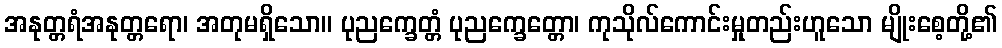
အနုတ္တရံအနုတ္တရော၊ အတုမရှိသော။ ပုညက္ခေတ္တံ ပုညက္ခေတ္တော၊ ကုသိုလ်ကောင်းမှုတည်းဟူသော မျိုးစေ့တို့၏